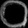
Digit: ၀